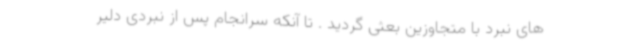
های نبرد با متجاوزین بعثی گردید . تا آنکه سرانجام پس از نبردی دلیر